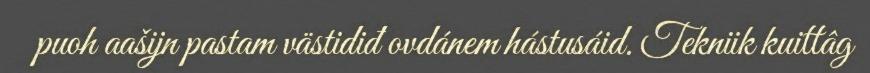
puoh aašijn pastam västidiđ ovdánem hástusáid. Tekniik kuittâg